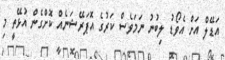
އަޑޭލް އަށް އެވޯޑު ލިބުނު ނަމަވެސް ކަރުގެ އޮޕަރޭޝަނެއް ކޮށްގެން އުޅޭތީ މި